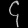
Digit: ၄